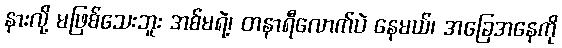
နားလို့ မဖြစ်သေးဘူး အစ်မရဲ့၊ တနာရီလောက်ပဲ နေမယ်၊ အခြေအနေကို